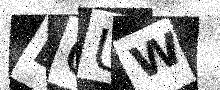
Text: LCUW